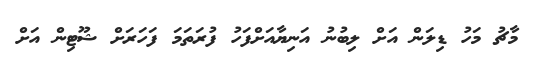
މާޗު މަހު ޑިލަން އަށް ލިބުނު އަނިޔާއަށްފަހު ފުރަތަމަ ފަހަރަށް ޝޫޓިން އަށް